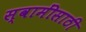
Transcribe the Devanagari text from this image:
स्वामींसाठी